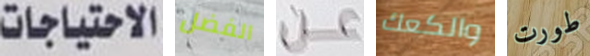
الاحتياجات الفضل عن والكعك طورت